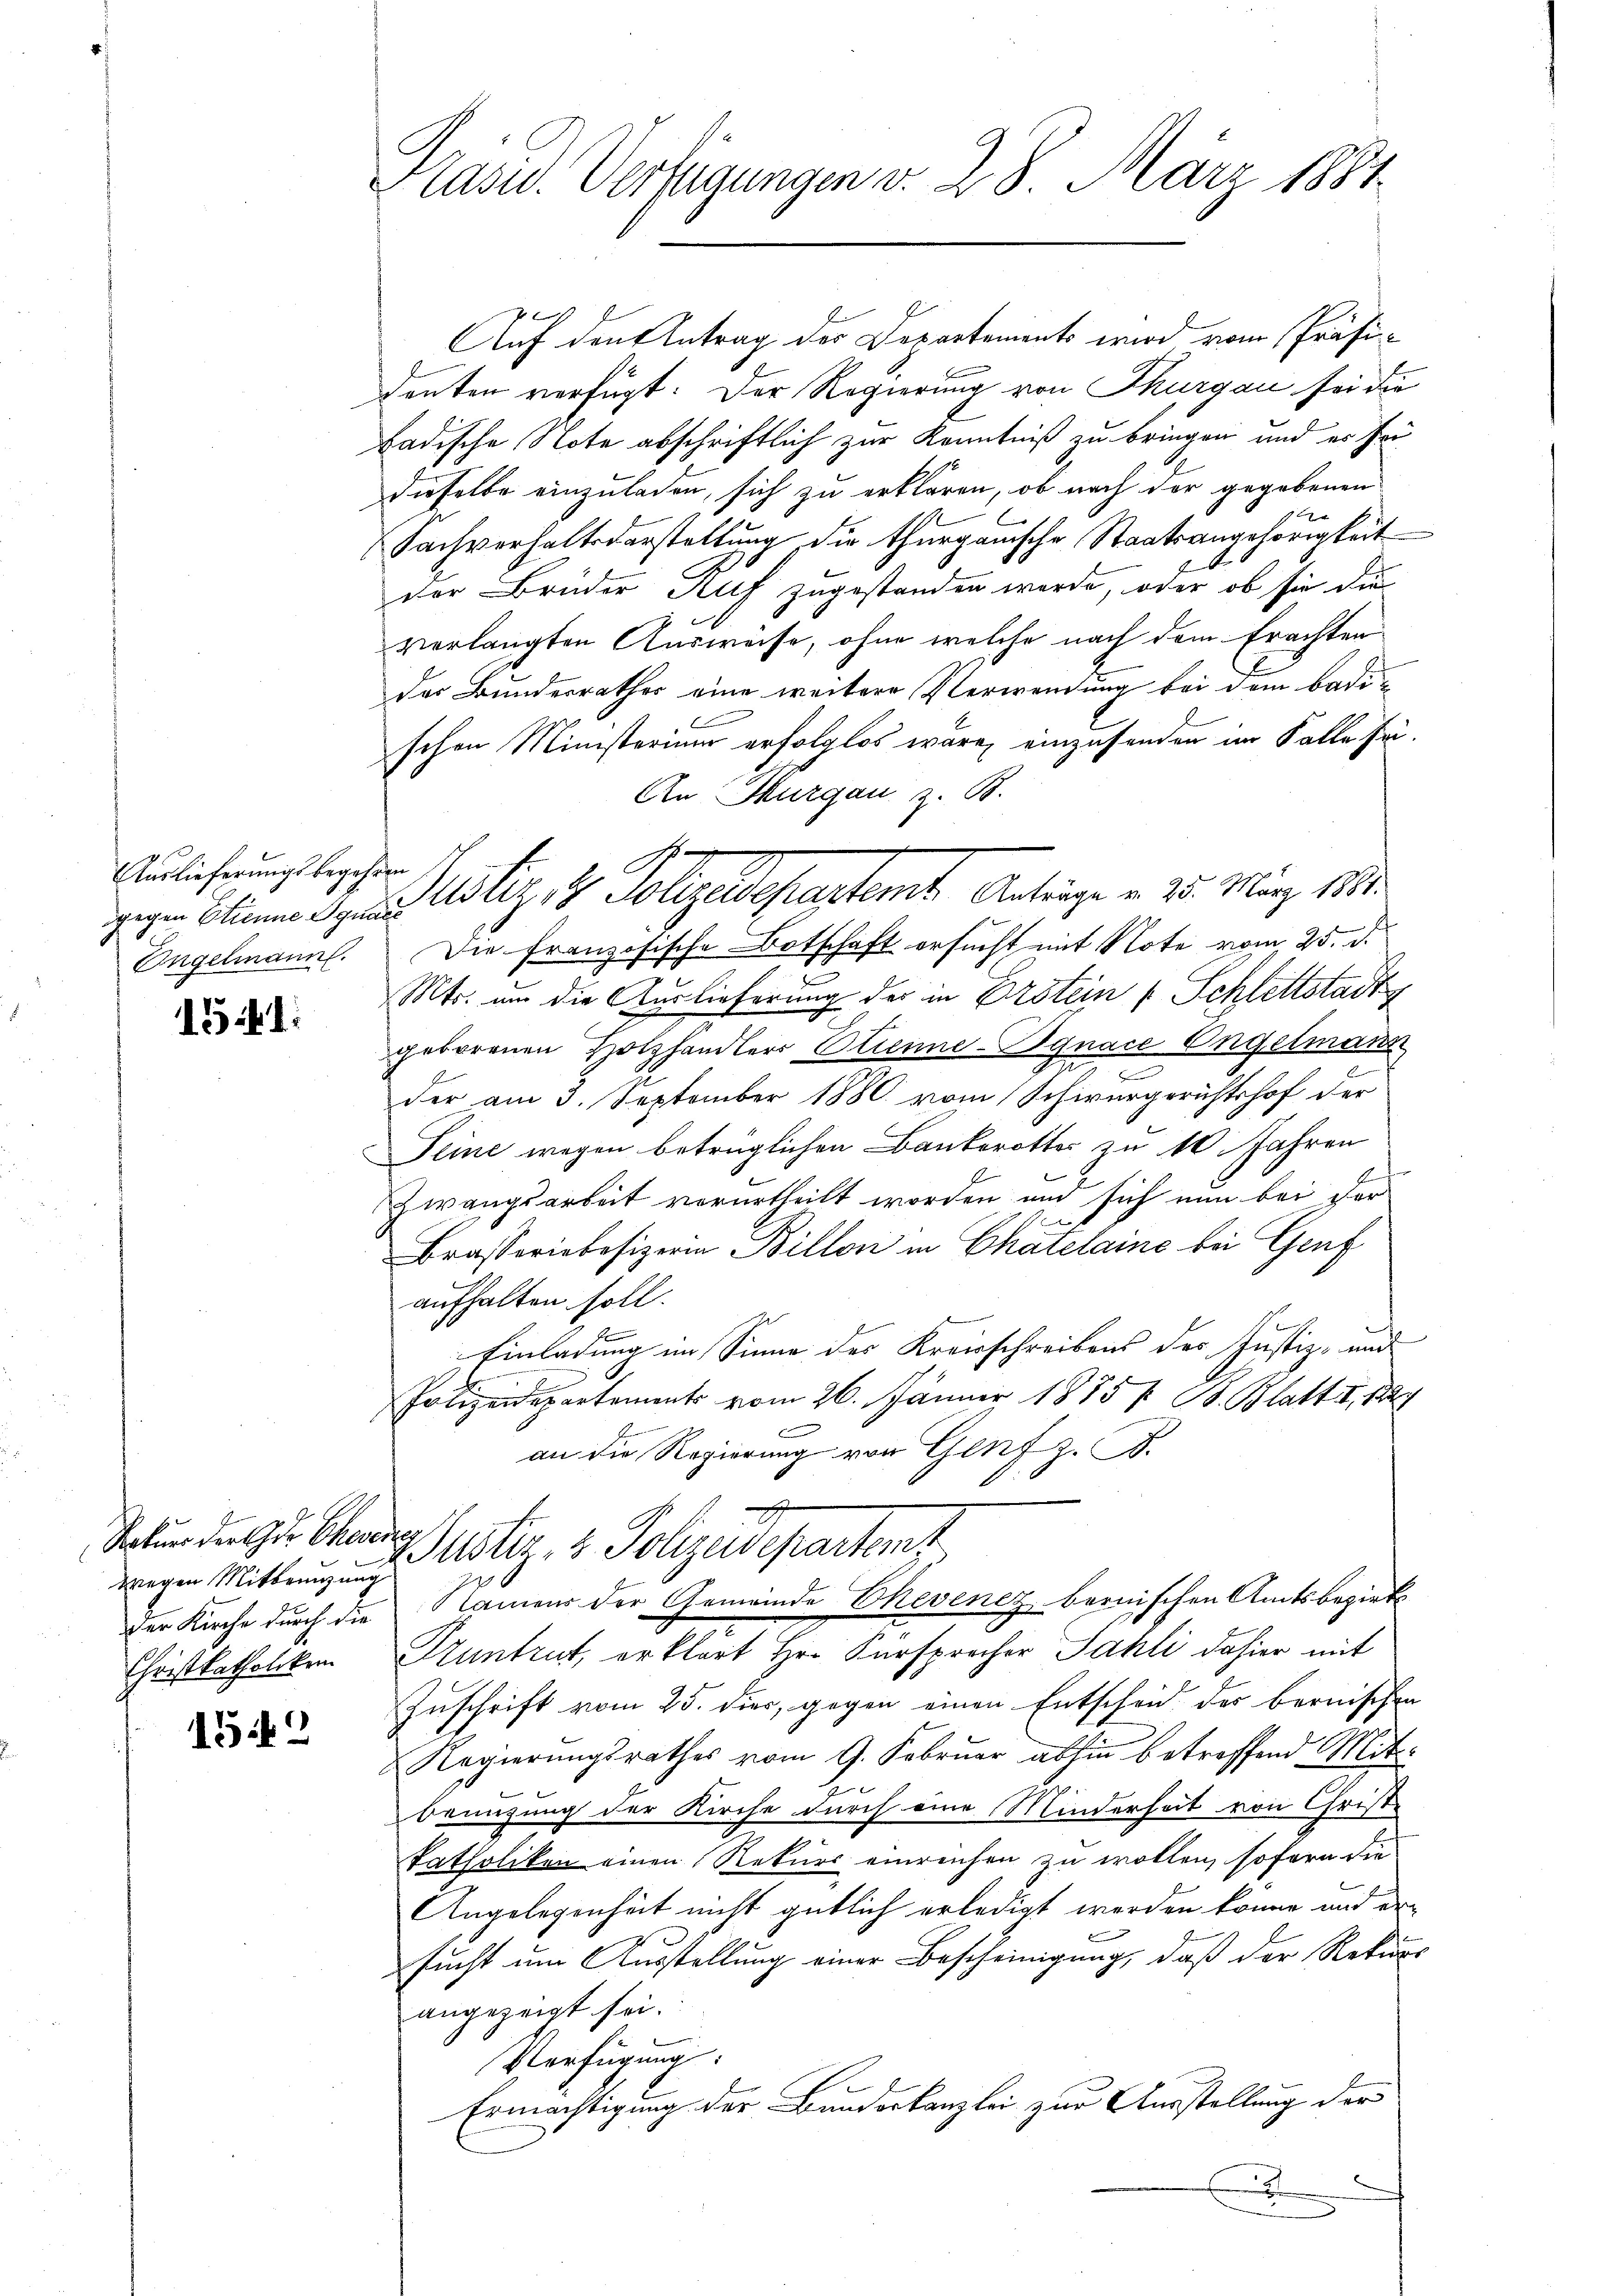
Auslieferungsbegehren
Engelmann.

151:

Ratuer der der Chevertig
wegen Mittenzung
Christkatholiken

1542

Präsid. Verfügungen v. 28. März 1881

Auf den Antrag des Departements wird vom Präsideuten verfügt: Der Regierung von Thurgau sei die
Badische Note abschriftlich zur Kenntniß zu bringen und es sei
dieselbe einzuladen, sich zu erklären, ob nach der gegebenen
xx
Sachverhaltsdarstellung die thurgauische Staatsangehörigkeit
der Brüder Ruf zugestanden werde, oder ob sie die
verlangten Ausweise, ohne welche nach dem Erachten
des Bundesrathes eine weitere Verwendung bei dem Badi-
schen Ministerium erfolglos wäre, einzusenden im Falle sei.
An Thurgau z. B.
Die französische Botschaft ersucht mit Note vom 25. d.
Mts. um die Auslieferung der in Erstein u. Schlettstadt
geborenen Holzhandlers Strenne-Bgnace Engelmann
der am 3. September 1880 vom Schwurgerichtshof der
Seine wegen betrüglichen Bankerottes zu 10 Jahren
Zwangsarbeit verurtheilt worden und sich nun bei der
Brasseriebesizerin Billoni in Chatelaine bei Genf
aufhalten soll.
Einladung im Sinne des Kreisschreibens des Justiz- und
Polizeidepartements vom 26. Jänner 1875 / B. Blatt I. Ba
n
an die Regierung von Genf z. B.
Justiz- & Polizeidepartent
der Kirche durch die Namens der Gemeinde Ehevenez bernischen Amtsbezirks
Kuntrut, erklärt Hr. Fürsprecher Sahli dahier mit
Zuschrift vom 25. dir, gegen einen Entscheid des bernischen
Regierungsrathes vom 9. Februar abhin betreffend Mit¬
Benuzung der Kirche durch eine Minderheit von Christ-
katholiken einen Rekurs einreichen zu wollen, soforn die
Angelegenheit nicht gütlich erledigt werden könne und ersucht um Ausstellung einer Bescheinigung, daß der Rekurs
angezeigt sei.
Verfügung:
Ermächtigung der Bunderkanzlei zur Ausstellung der
2

J
gegen Sinne dann Zustiz & Polizeidepartemt Anträge v. 25. März 1881.